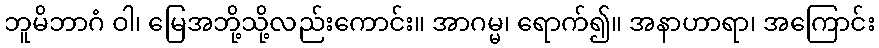
ဘူမိဘာဂံ ဝါ၊ မြေအဘို့သို့လည်းကောင်း။ အာဂမ္မ၊ ရောက်၍။ အနာဟာရာ၊ အကြောင်း